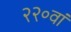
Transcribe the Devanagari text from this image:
२२०वां